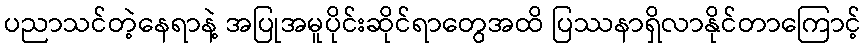
ပညာသင်တဲ့နေရာနဲ့ အပြုအမူပိုင်းဆိုင်ရာတွေအထိ ပြဿနာရှိလာနိုင်တာကြောင့်